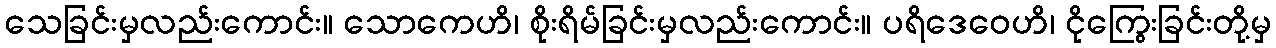
သေခြင်းမှလည်းကောင်း။ သောကေဟိ၊ စိုးရိမ်ခြင်းမှလည်းကောင်း။ ပရိဒေဝေဟိ၊ ငိုကြွေးခြင်းတို့မှ